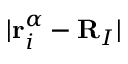
| \mathbf { r } _ { i } ^ { \alpha } - \mathbf { R } _ { I } |